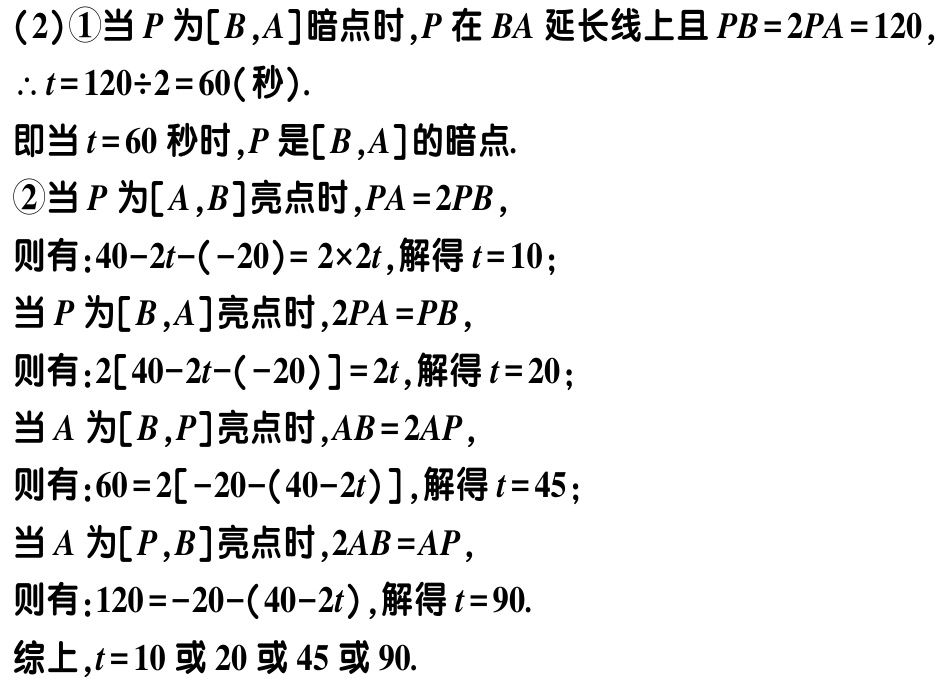
（2）\textcircled{1}当\(P\)为\([B,A]\)暗点时，\(P\)在\(BA\)延长线上且\(PB = 2PA=120\)，

\(\therefore t = 120\div2 = 60\)（秒）.

即当\(t = 60\)秒时，\(P\)是\([B,A]\)的暗点.

\textcircled{2}当\(P\)为\([A,B]\)亮点时，\(PA = 2PB\)，

则有：\(40 - 2t-(-20)=2\times2t\)，解得\(t = 10\)；

当\(P\)为\([B,A]\)亮点时，\(2PA = PB\)，

则有：\(2[40 - 2t-(-20)] = 2t\)，解得\(t = 20\)；

当\(A\)为\([B,P]\)亮点时，\(AB = 2AP\)，

则有：\(60 = 2[-20-(40 - 2t)]\)，解得\(t = 45\)；

当\(A\)为\([P,B]\)亮点时，\(2AB = AP\)，

则有：\(120 = -20-(40 - 2t)\)，解得\(t = 90\).

综上，\(t = 10\)或\(20\)或\(45\)或\(90\).